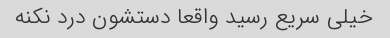
خیلی سریع رسید واقعا دستشون درد نکنه